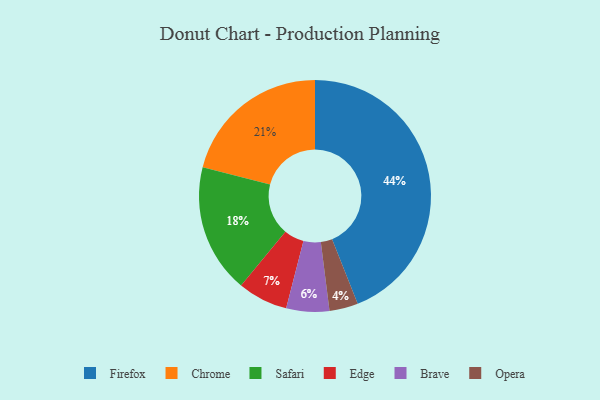
{"axis": {"x": "Category", "y": "Percentage"}, "legend": ["Brave", "Chrome", "Edge", "Firefox", "Opera", "Safari"], "data": [{"x": "Chrome", "y": 21, "type": "Chrome"}, {"x": "Opera", "y": 4, "type": "Opera"}, {"x": "Firefox", "y": 44, "type": "Firefox"}, {"x": "Edge", "y": 7, "type": "Edge"}, {"x": "Safari", "y": 18, "type": "Safari"}, {"x": "Brave", "y": 6, "type": "Brave"}]}